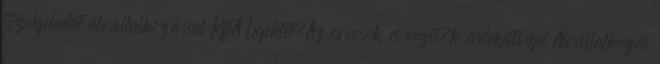
Szakfeladat alvállalkozással KftA befektetőAz orvosok és vezetők érdekeltségei Alvállalkozói